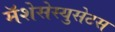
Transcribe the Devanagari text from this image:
मॅशेसेस्युसेटस